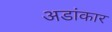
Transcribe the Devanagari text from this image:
अडांकार